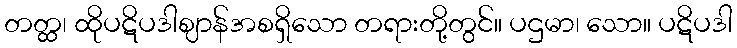
တတ္ထ၊ ထိုပဋိပဒါဈာန်အစရှိသော တရားတို့တွင်။ ပဌမာ၊ သော။ ပဋိပဒါ